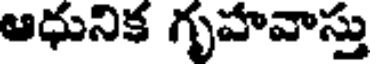
ఆధునిక గృహవాస్తు